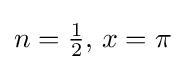
{\textstyle n={\frac {1}{2}},\,x=\pi }